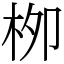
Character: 栁